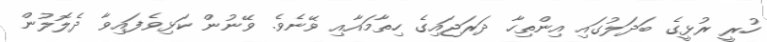
ހުރީ ރުޅީގެ ބަދަލުގައި އިންތިހާ ދަރަޖައިގެ ހިތާމައާއި ވޭނެވެ. ވޭނުން ކަޅިވެފައިވާ ދެލޮލުން